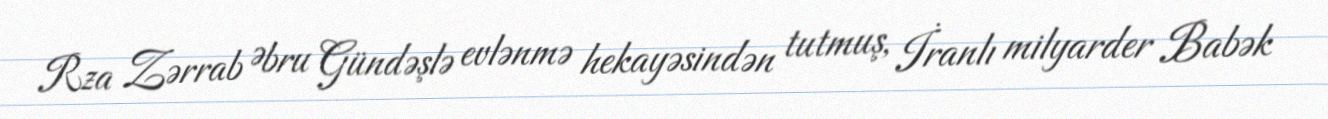
Rza Zərrab Əbru Gündəşlə evlənmə hekayəsindən tutmuş, İranlı milyarder Babək